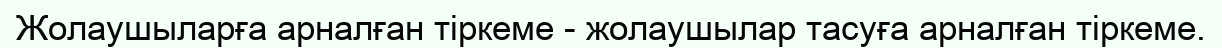
Жолаушыларға арналған тіркеме - жолаушылар тасуға арналған тіркеме.